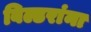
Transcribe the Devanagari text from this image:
बिल्डरांना